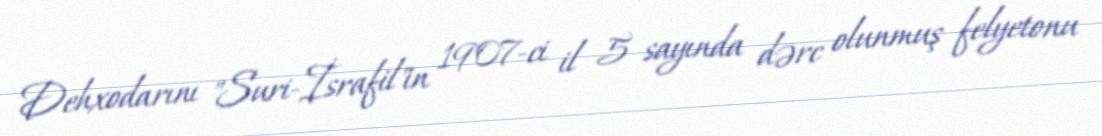
Dehxodarını "Suri-İsrafil"in 1907-ci il 5 sayında dərc olunmuş felyetonu